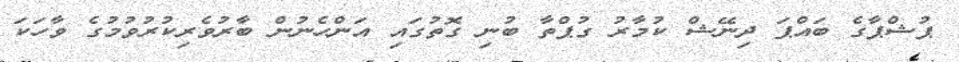
ޕުޝްޕާގެ ބައްޕަ ދިނޭޝް ކުމާރު ގުޕްތާ ބުނި ގޮތުގައި އަންހެނުން ބާރުވެރިކުރުވުމުގެ ވާހަކަ